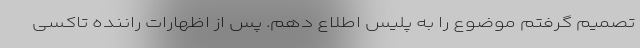
تصمیم گرفتم موضوع را به پلیس اطلاع دهم. پس از اظهارات راننده تاکسی